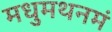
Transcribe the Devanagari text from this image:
मधुमथनमं